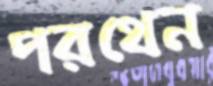
পরথেন